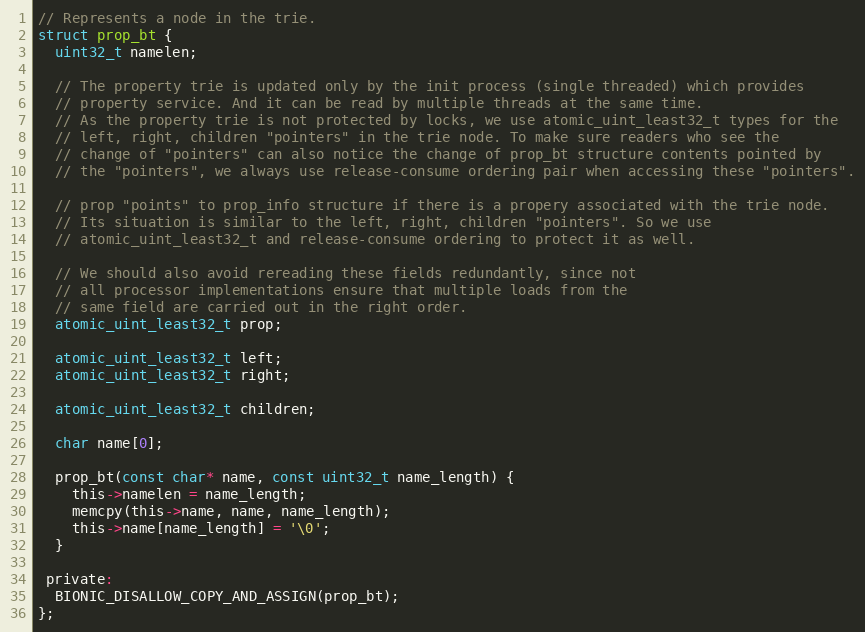
Language: C
// Represents a node in the trie.
struct prop_bt {
  uint32_t namelen;

  // The property trie is updated only by the init process (single threaded) which provides
  // property service. And it can be read by multiple threads at the same time.
  // As the property trie is not protected by locks, we use atomic_uint_least32_t types for the
  // left, right, children "pointers" in the trie node. To make sure readers who see the
  // change of "pointers" can also notice the change of prop_bt structure contents pointed by
  // the "pointers", we always use release-consume ordering pair when accessing these "pointers".

  // prop "points" to prop_info structure if there is a propery associated with the trie node.
  // Its situation is similar to the left, right, children "pointers". So we use
  // atomic_uint_least32_t and release-consume ordering to protect it as well.

  // We should also avoid rereading these fields redundantly, since not
  // all processor implementations ensure that multiple loads from the
  // same field are carried out in the right order.
  atomic_uint_least32_t prop;

  atomic_uint_least32_t left;
  atomic_uint_least32_t right;

  atomic_uint_least32_t children;

  char name[0];

  prop_bt(const char* name, const uint32_t name_length) {
    this->namelen = name_length;
    memcpy(this->name, name, name_length);
    this->name[name_length] = '\0';
  }

 private:
  BIONIC_DISALLOW_COPY_AND_ASSIGN(prop_bt);
};